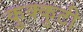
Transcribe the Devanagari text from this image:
कुक्कुटी